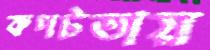
কপটতায়